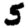
Digit: 5